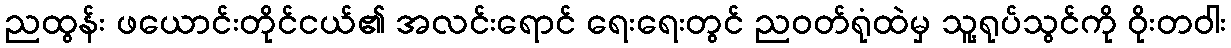
ညထွန်း ဖယောင်းတိုင်ငယ်၏ အလင်းရောင် ရေးရေးတွင် ညဝတ်ရုံထဲမှ သူ့ရုပ်သွင်ကို ဝိုးတဝါး